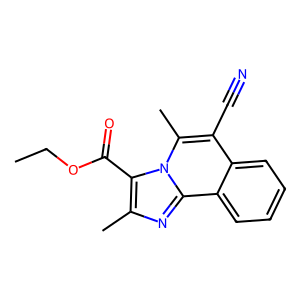
SMILES: CCOC(=O)c1c(C)nc2c3ccccc3c(C#N)c(C)n12
Inhibits HIV replication: No